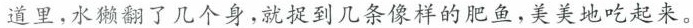
道里，水獭翻了几个身，就捉到几条像样的肥鱼，美美地吃起来。